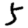
Digit: 5